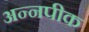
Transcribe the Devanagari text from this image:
अन्नपीक